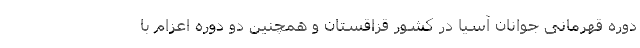
دوره قهرمانی جوانان آسیا در کشور قزاقستان و همچنین دو دوره اعزام با